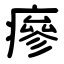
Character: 瘮